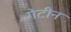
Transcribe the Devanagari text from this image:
गेटीन